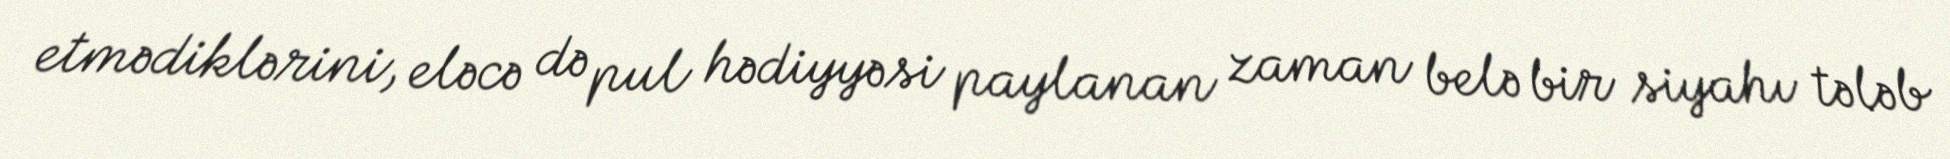
etmədiklərini, eləcə də pul hədiyyəsi paylanan zaman belə bir siyahı tələb